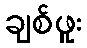
ချစ်ဖူး